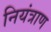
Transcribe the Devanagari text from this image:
नियंत्राण